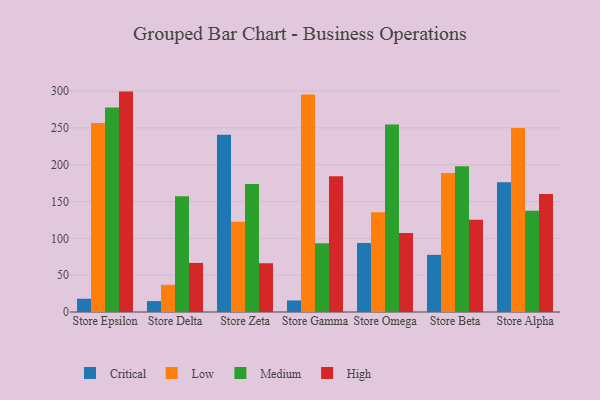
{"axis": {"x": "Store", "y": "Inventory Turnover"}, "legend": ["Critical", "High", "Low", "Medium"], "data": [{"x": "Store Epsilon", "y": 18.0, "type": "Critical"}, {"x": "Store Epsilon", "y": 256.6, "type": "Low"}, {"x": "Store Epsilon", "y": 277.8, "type": "Medium"}, {"x": "Store Epsilon", "y": 299.3, "type": "High"}, {"x": "Store Delta", "y": 14.8, "type": "Critical"}, {"x": "Store Delta", "y": 36.9, "type": "Low"}, {"x": "Store Delta", "y": 157.3, "type": "Medium"}, {"x": "Store Delta", "y": 66.6, "type": "High"}, {"x": "Store Zeta", "y": 240.8, "type": "Critical"}, {"x": "Store Zeta", "y": 122.4, "type": "Low"}, {"x": "Store Zeta", "y": 173.8, "type": "Medium"}, {"x": "Store Zeta", "y": 66.2, "type": "High"}, {"x": "Store Gamma", "y": 15.7, "type": "Critical"}, {"x": "Store Gamma", "y": 295.3, "type": "Low"}, {"x": "Store Gamma", "y": 93.3, "type": "Medium"}, {"x": "Store Gamma", "y": 184.4, "type": "High"}, {"x": "Store Omega", "y": 93.7, "type": "Critical"}, {"x": "Store Omega", "y": 135.5, "type": "Low"}, {"x": "Store Omega", "y": 254.6, "type": "Medium"}, {"x": "Store Omega", "y": 107.3, "type": "High"}, {"x": "Store Beta", "y": 77.6, "type": "Critical"}, {"x": "Store Beta", "y": 188.8, "type": "Low"}, {"x": "Store Beta", "y": 198.0, "type": "Medium"}, {"x": "Store Beta", "y": 125.3, "type": "High"}, {"x": "Store Alpha", "y": 176.2, "type": "Critical"}, {"x": "Store Alpha", "y": 249.9, "type": "Low"}, {"x": "Store Alpha", "y": 137.5, "type": "Medium"}, {"x": "Store Alpha", "y": 160.3, "type": "High"}]}